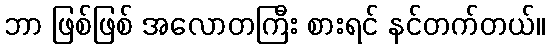
ဘာ ဖြစ်ဖြစ် အလောတကြီး စားရင် နင်တက်တယ်။